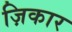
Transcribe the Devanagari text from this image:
ज़िकार